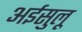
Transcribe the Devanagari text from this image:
अईसुलू